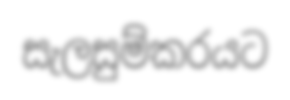
සැලසුම්කරයට